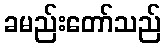
ခမည်းတော်သည်